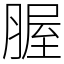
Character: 腛